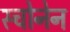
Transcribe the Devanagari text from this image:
स्चोनेन